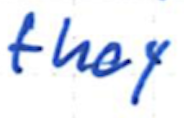
Text: they
Cross-out: clean
Writing tool: ballpoint